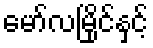
မော်လမြိုင်နှင့်